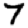
Digit: 7